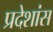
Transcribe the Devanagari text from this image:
प्रदेशांस